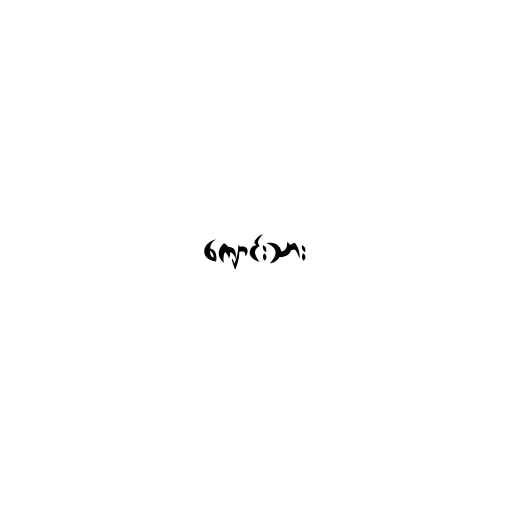
ကျောင်းသား